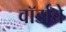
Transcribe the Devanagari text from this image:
वॉर्डांचे